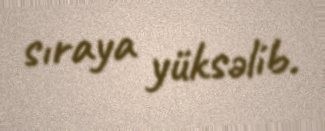
sıraya yüksəlib.